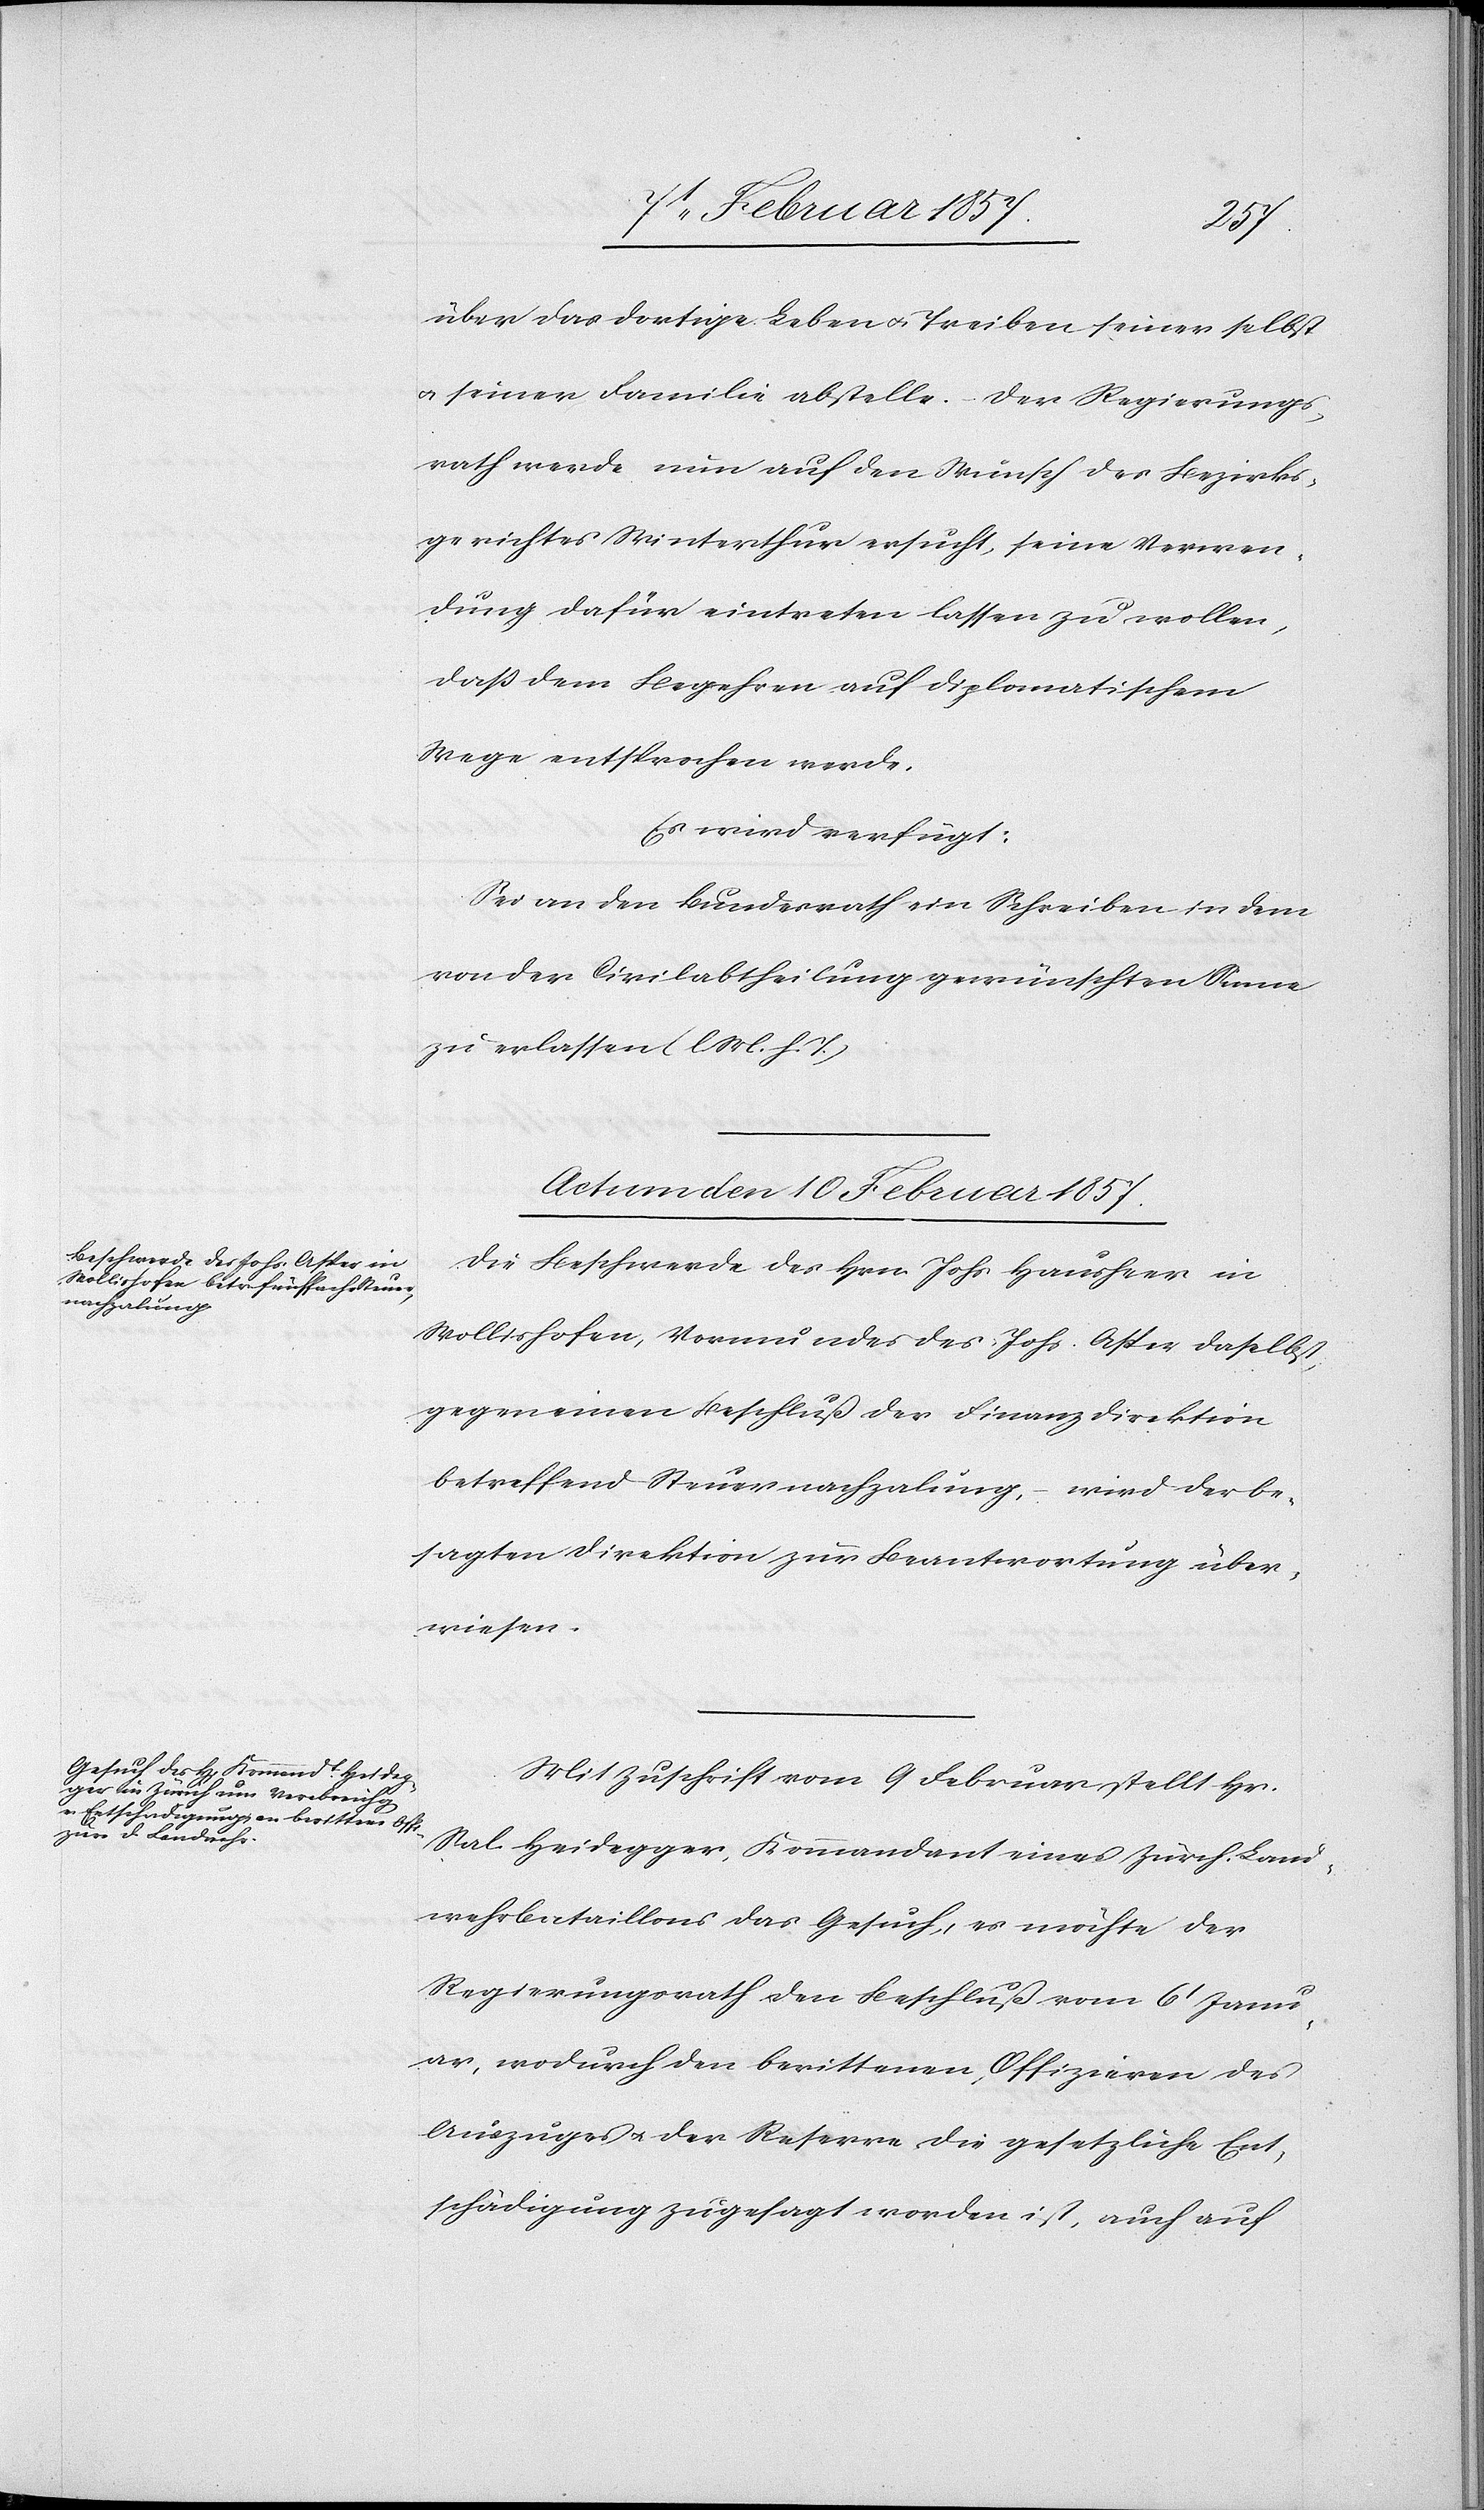
über das dortige Leben u. Treiben seiner selbst
u. seiner Familie abstelle. Der Regierungs¬
rath werde nun auf den Wunsch des Bezirks¬
gerichtes Winterthur ersucht, seine Verwen¬
dung dafür eintreten lassen zu wollen,
daß dem Begehren auf diplomatischem
Wege entsprochen werde.
Es wird verfügt:
Sei an den Bundesrath ein Schreiben in dem
von der Civilabtheilung gewünschten Sinne
zu erlassen (l. M. h. T.)
Actum den10 Februar 1857.]
Die Beschwerde des Hrn. Johs Hausheer in
Wollishofen, Vormundes des Johs. Asper daselbst,
gegen einen Beschluß der Finanzdirektion
betreffend Steuernachzalung, wird der be¬
sagten Direktion zur Beantwortung über¬
wiesen.
Mit Zuschrift vom 9 Februar stellt Hr.
Sal. Heidegger, Kommandant eines Zürch. Land¬
wehrbataillons das Gesuch, es möchte der
Regierungsrath den Beschluß vom 6t Janu¬
ar, wodurch den berittenen, Offizieren des
Auszuges u. der Reserve die gesetzliche Ent¬
schädigung zugesagt worden ist, auch auf